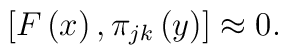
\left[ F\left( x\right) ,\pi _{jk}\left( y\right) \right]\approx 0.